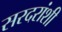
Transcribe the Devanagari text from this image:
सरदरांशी